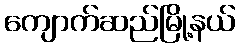
ကျောက်ဆည်မြို့နယ်